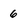
Character: 6